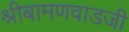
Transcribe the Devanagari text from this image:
श्रीबामणवाडजी